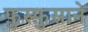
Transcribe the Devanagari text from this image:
फ़ुस्फ़ुसाने